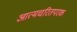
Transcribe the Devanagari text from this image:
आत्मचरितपरक